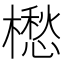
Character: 𣜷